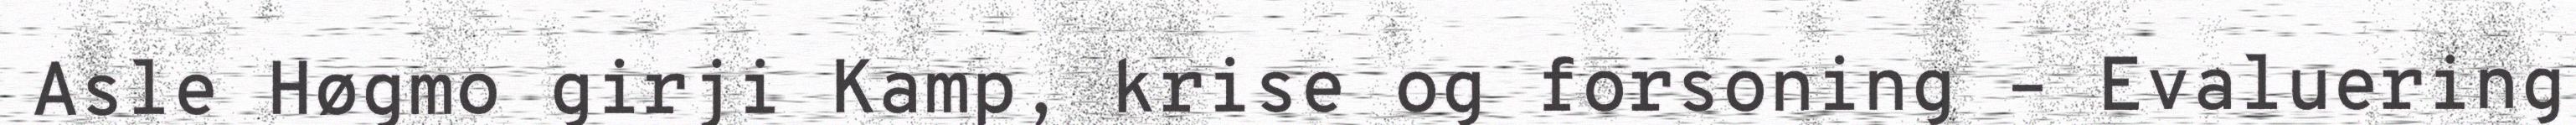
Asle Høgmo girji Kamp, krise og forsoning – Evaluering